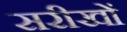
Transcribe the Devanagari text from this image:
सरीखों